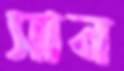
সান